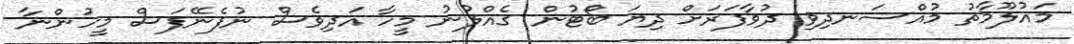
މައުލޫމާތު މުއްސަނދިވި ދުވާފަރަށް ދިޔަ ބޯޓުން ގެއްލުނު މީހާ އަދިވެސް ނުފެނޭފަސް މީހުންނާ